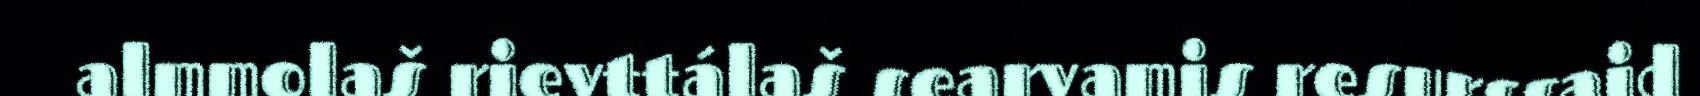
almmolaš rievttálaš searvamis resurssaid